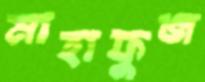
মাহাফুজ